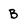
Character: B